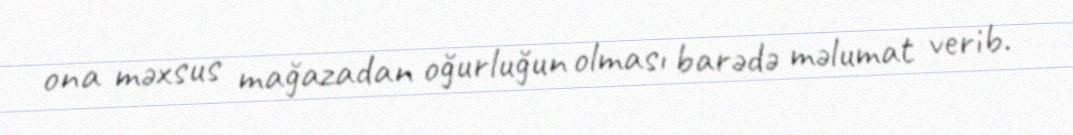
ona məxsus mağazadan oğurluğun olması barədə məlumat verib.